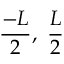
\frac { - L } { 2 } , \ \frac { L } { 2 }